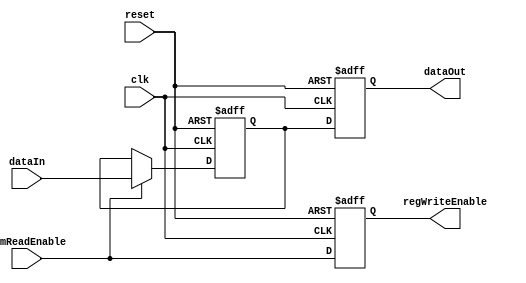
module Memwb (
    input wire clk,            // Clock input
    input wire reset,          // Reset input
    input wire [31:0] dataIn,  // Data input (from memory)
    input wire memReadEnable,  // Memory read enable signal
    output reg [31:0] dataOut, // Data output (to register file)
    output reg regWriteEnable  // Register write enable signal
);

    // Register to hold data from memory
    reg [31:0] memoryData;

    always @(posedge clk or posedge reset) begin
        if (reset) begin
            // Reset the register and signals
            memoryData <= 0;
            dataOut <= 0;
            regWriteEnable <= 0;
        end else begin
            // When memory read is enabled, latch data from memory
            if (memReadEnable) begin
                memoryData <= dataIn;
            end
            
            // Output data to register file
            dataOut <= memoryData;

            // Set register write enable signal
            regWriteEnable <= memReadEnable;
        end
    end

endmodule // MEM_WB